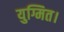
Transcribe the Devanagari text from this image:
युग्मित।